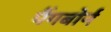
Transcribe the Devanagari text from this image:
पैंगबोर्न